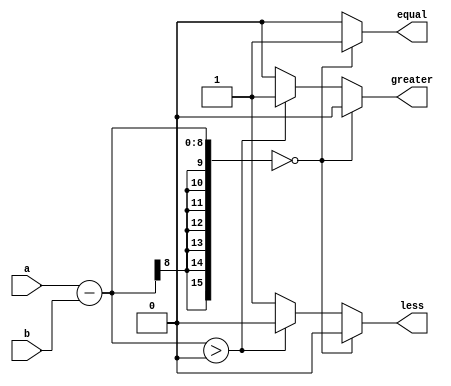
module fixed_point_comparator (
      input [7:0] a, // fixed-point number 1
      input [7:0] b, // fixed-point number 2
      output reg equal, // output for equal comparison
      output reg greater, // output for greater than comparison
      output reg less // output for less than comparison
);

// Internal signals
reg signed [15:0] diff;

// Compute the difference between the two fixed-point numbers
always @* begin
      diff = a - b;
end

// Determine the comparison outcome
always @* begin
      if (diff == 0) begin
            equal = 1;
            greater = 0;
            less = 0;
      end else if (diff > 0) begin
            equal = 0;
            greater = 1;
            less = 0;
      end else begin
            equal = 0;
            greater = 0;
            less = 1;
      end
end

endmodule